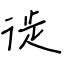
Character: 徙